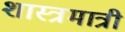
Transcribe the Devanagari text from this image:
शास्त्रमात्री